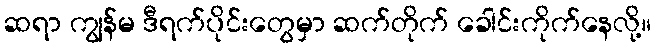
ဆရာ ကျွန်မ ဒီရက်ပိုင်းတွေမှာ ဆက်တိုက် ခေါင်းကိုက်နေလို့။